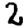
Digit: 2